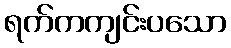
ရက်ကကျင်းပသော